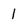
Character: l